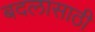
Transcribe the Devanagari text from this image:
बदलासाठी